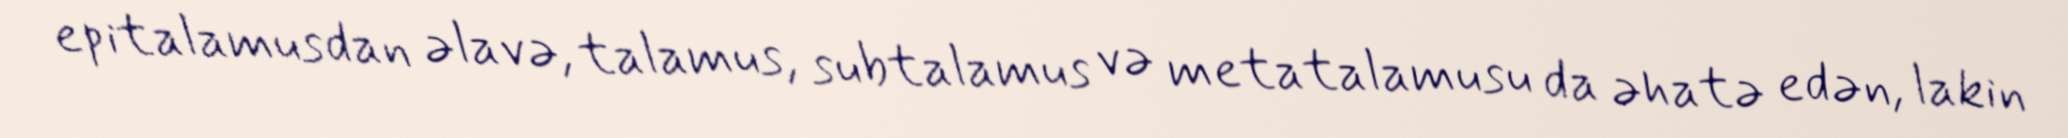
epitalamusdan əlavə, talamus, subtalamus və metatalamusu da əhatə edən, lakin